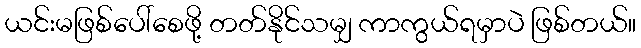
ယင်းမဖြစ်ပေါ်စေဖို့ တတ်နိုင်သမျှ ကာကွယ်ရမှာပဲ ဖြစ်တယ်။